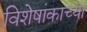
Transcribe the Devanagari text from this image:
विशेषांकाच्या